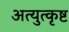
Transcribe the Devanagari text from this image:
अत्युत्‍कृष्ट